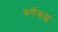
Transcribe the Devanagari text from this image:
वर्गबद्ध